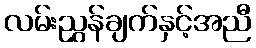
လမ်းညွှန်ချက်နှင့်အညီ